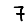
Digit: 7